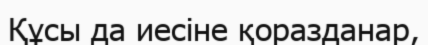
Құсы да иесіне қоразданар,